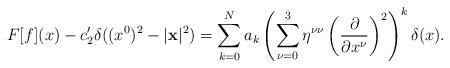
LaTeX: \begin{align*}F[f](x) - c_{2}^{\prime } \delta ((x^{0})^{2} - |{\bf x}|^{2}) =\sum_{k = 0}^{N} a_{k} \left( \sum_{\nu = 0}^{3} \eta^{\nu \nu }\left( \frac{\partial }{\partial x^{\nu }}\right)^{2} \right)^{k}\delta (x).\end{align*}